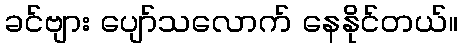
ခင်ဗျား ပျော်သလောက် နေနိုင်တယ်။